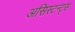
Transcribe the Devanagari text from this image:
असिस्टन्ट्स